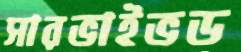
সারভাইভড